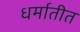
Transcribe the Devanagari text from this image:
धर्मातीत